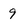
Character: 9